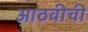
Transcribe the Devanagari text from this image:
आठवीची